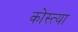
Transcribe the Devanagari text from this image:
कोस्त्या